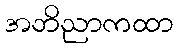
အဘိညာကထာ